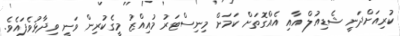
ކުރިއަށްދަނީ ޝެޑިއުލް އާއި އެއްގޮތަށް ކަމަށް މިނިސްޓަރު މުއިއްޒު މީގެކުރިން ވަނީ ވިދާޅުވެފައެވެ.